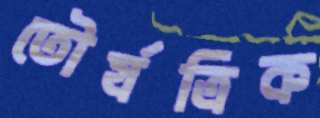
তৌর্যত্রিক